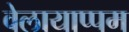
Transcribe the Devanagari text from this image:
वेलायाप्पम